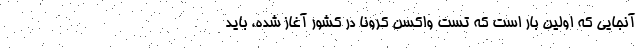
آنجایی که اولین بار است که تست واکسن کرونا در کشور آغاز شده، باید